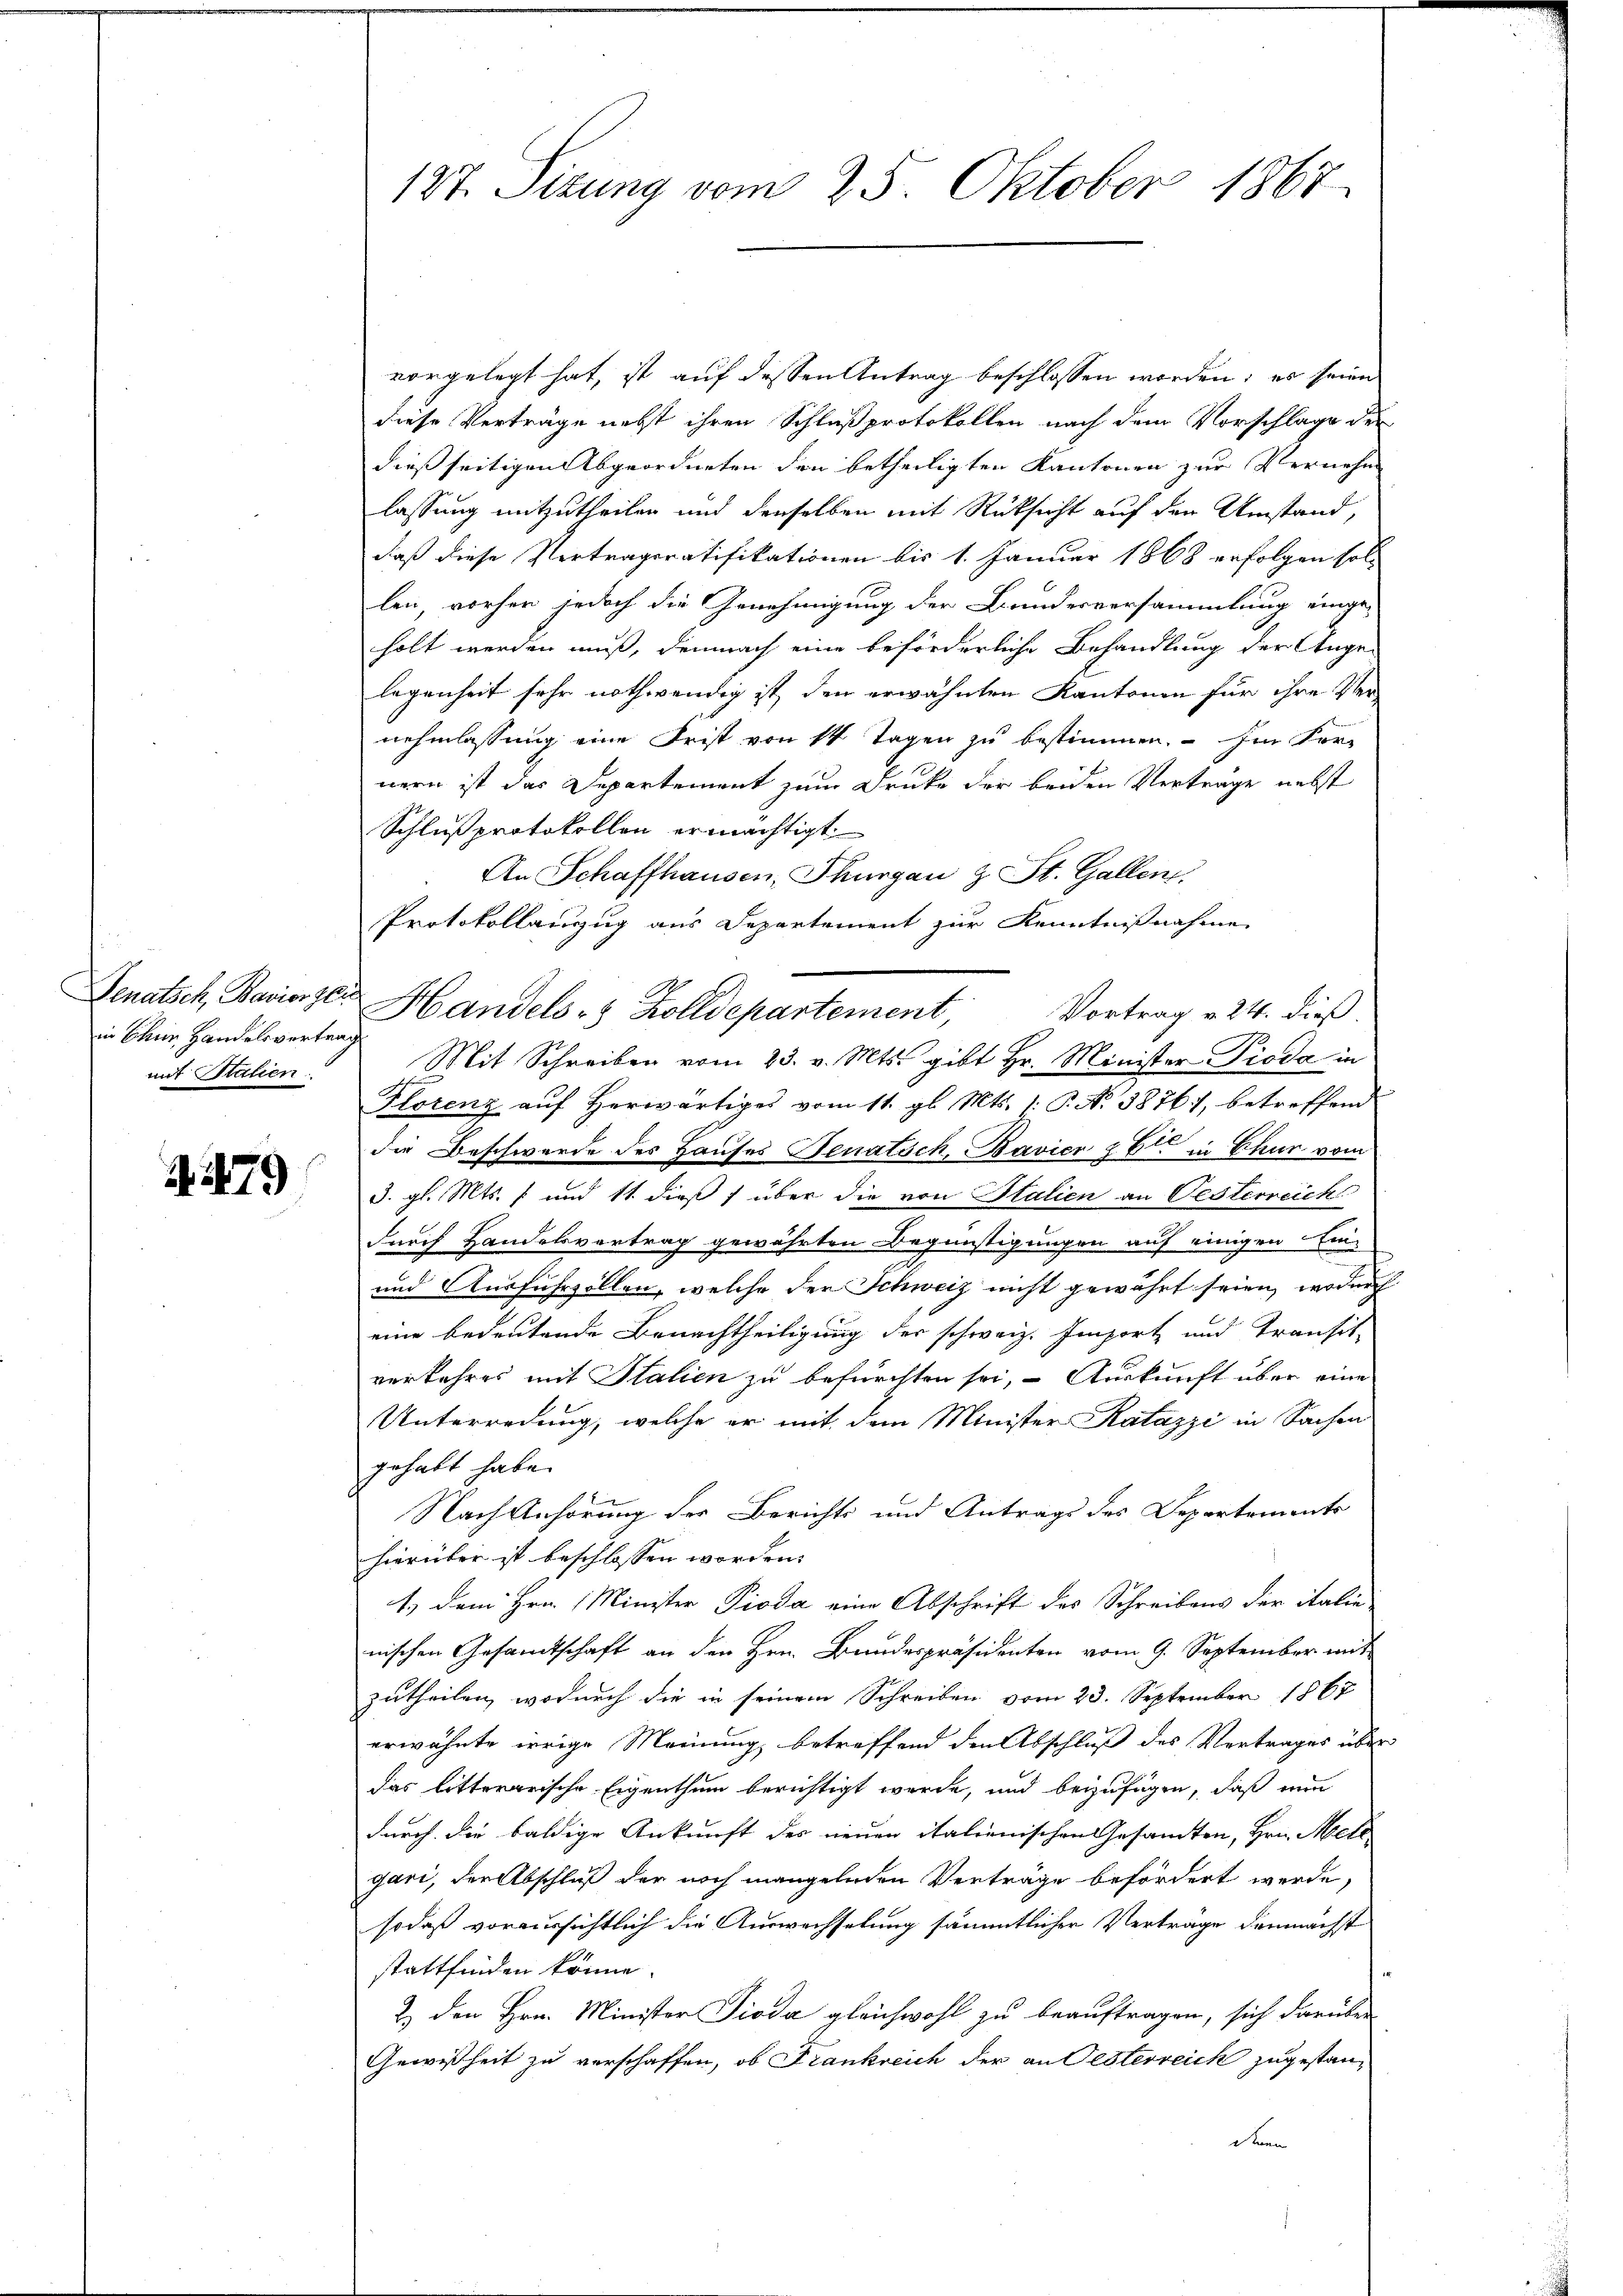
in Chur Handelsvertrag
mit Stalien.

4479

127. Sizung vom 25. Oktober 1867

vorgelegt hat, ist auf dessen Antrag beschlossen worden; es seien
diese Verträge nebst ihren Schluß protokollen nach dem Vorschlage der
dießseitigen Abgeordneten den betheiligten Kantonen zur Vernehm
lassung mitzutheilen und denselben mit Rücksicht auf den Umstand,
daß diese Vertrageratifikationen bis 1. Januar 1868 erfolgen soll
len, vorher jedoch die Genehmigung der Bundesversammlung einge-
holt werden muß, demnach eine beförderliche Behandlung der Ange-
legenheit sehr nothwendig ist, den erwähnten Kantonen für ihre Vernehmlassung eine Frist von 14 Tagen zu bestimmen. — Im Fer-
nern ist das Departement zum Drucke der beiden Vertrage nebst
Schluß protokollen ermächtigt.
An Schaffhausen, Thurgau & St. Gallen.
Protokollanzug aus Departement zur Kenntnißnahme
Senatsch, Bavierzer Handels 8 Zolldepartement, Vortrag v. 24. dieß
Mit Schreiben vom 23. v. Mts. gibt Hr. Minister-Pioda in
Florenz auf Herwärtiges vom 11. gl. Mts. 1. P. N. 3876), betreffend
die Beschwerde des Hauses Senatsch, Bavier § 6 in Chur vom
d. gl. Mts. 1 und 11 dieß über die von Italien an Oesterreich
durch Handelsvertrag gewährten Begünstigungen auf einigen Ein-
und Ausfuhrzollen, welche der Schweiz nicht gewährt seien, wodurch
eine bedeutende Benachtheiligung der schweiz. Emport und Transit-
verkehres mit Italien zu befürchten sei, - Auskunft über eine
Unterredung, welche er mit dem Minister Katazzi in Sachen
gehabt habe.
E
Nach Anhörung der Berichts und Antrags des Departements
hierüber ist beschlossen worden. |
1.) Dem Hrn. Minister Pioda eine Abschrift des Schreibens der italie
nischen Gesandtschaft an den Hrn. Bundespräsidenten vom 9. September mit
zutheilen, wodurch die in seinem Schreiben vom 23. September 1867
erwähnte irrige Meinung betreffend den Abschluß des Vertrages über
das litterarische Eigenthum berichtigt werde, und beizufügen, daß mir
durch die baldige Ankunft des neuen italienischen Gesandten, Hrn. Mell
gari, der Abschluß der noch mangelnden Verträge befördert werde,
sodaß voraussichtlich die Auswechselung sämmtlicher Verträge demnächst
stattfinden könne.
2.) Den Hrn. Minister Pioda gleichwohl zu beauftragen, sich darüber
Gewißheit zu verschaffen, ob Frankreich der an Oesterreich zugestan¬
Deine